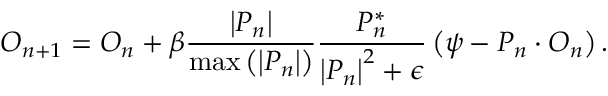
O _ { n + 1 } = O _ { n } + \beta \frac { \left| P _ { n } \right| } { \operatorname* { m a x } \left( \left| P _ { n } \right| \right) } \frac { P _ { n } ^ { * } } { \left| P _ { n } \right| ^ { 2 } + \epsilon } \left( \psi - P _ { n } \cdot O _ { n } \right) .